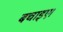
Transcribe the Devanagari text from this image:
बचाइए।